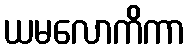
ယမလောကိကာ